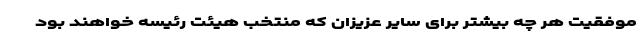
موفقیت هر چه بیشتر برای سایر عزیزان که منتخب هیئت رئیسه خواهند بود